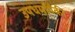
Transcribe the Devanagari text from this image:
उपधर्मांपैकी